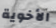
الأخوية